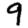
Digit: 9